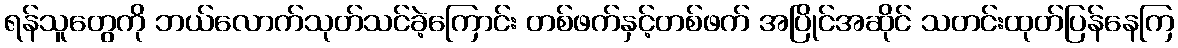
ရန်သူတွေကို ဘယ်လောက်သုတ်သင်ခဲ့ကြောင်း တစ်ဖက်နှင့်တစ်ဖက် အပြိုင်အဆိုင် သတင်းထုတ်ပြန်နေကြ